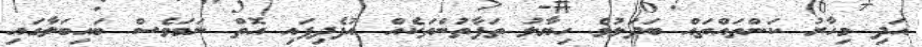
އަދި މިހާރު ކަންތައްތައް ބަދަލުވެ ހިޔާލު ތަފާތުންތަކެއް އުފެދިފައި އޮތް ނަމަވެސް ބައިބަލާގައި